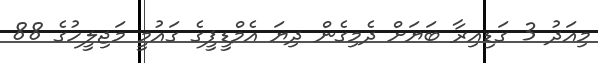
މިއަދު 3 ގަޑިއިރާ ބަޔަށް ދެމިގެން ދިޔަ އެމްޑީޕީގެ ގައުމީ މަޖިލީހުގެ 88